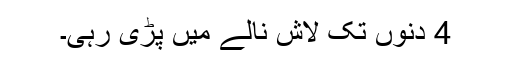
4 دنوں تک لاش نالے میں پڑی رہی۔